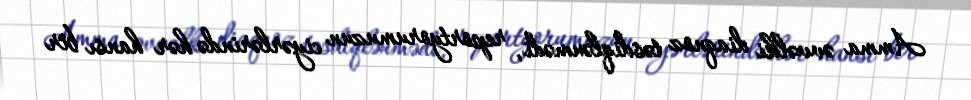
Amma əvvəlki diaqnoz təsdiqlənmədi, reportyorumuzun ciyərlərində hər hansı bir